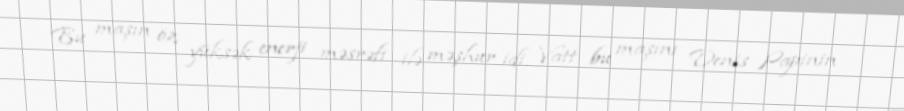
Bu maşın öz yüksək enerji məsrəfi ilə məşhur idi. Vatt bu maşını Denis Papinin